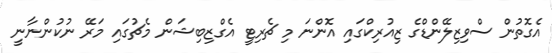
އެގޮތުން ސްވިޒިލޭންޑްގެ ޒިއުރިކްގައި އޮންނަ މި ޗެރިޓީ އެގްޒިބިޝަން މެޗުގައި މަރޭ ނުކުންނާނީ